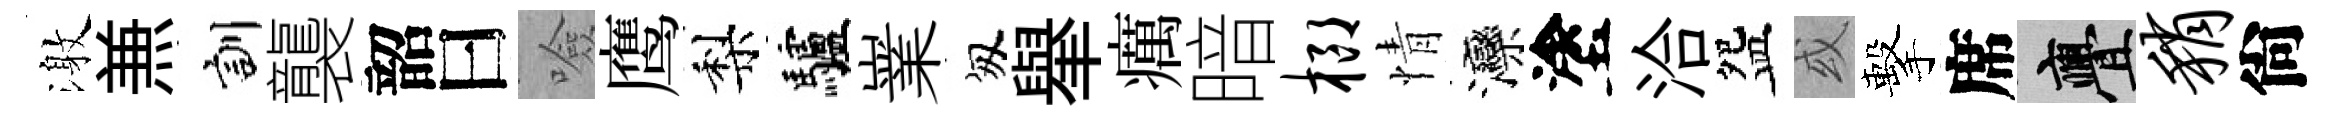
激𠔥訓襲韶曰噞鹰梨驢嶪匆𦦙癘暗榔情灤塗洽盌或擊席亹稍尙